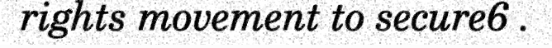
rights movement to secure6 .